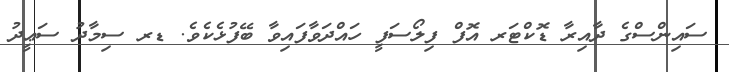
ސައިންސްގެ ދާއިރާ ޑޮކްޓަރ އޮފް ފިލޯސަފީ ހައްދަވާފައިވާ ބޭފުޅެކެވެ. ޑރ ސިމާދު ސަޢީދު